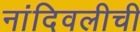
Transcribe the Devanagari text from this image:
नांदिवलीची